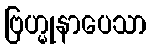
ဗြဟ္မုနာပေသာ